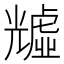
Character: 𧇺